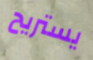
يستريح